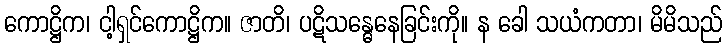
ကောဋ္ဌိက၊ ငါ့ရှင်ကောဋ္ဌိက။ ဇာတိ၊ ပဋိသန္ဓေနေခြင်းကို။ န ခေါ သယံကတာ၊ မိမိသည်